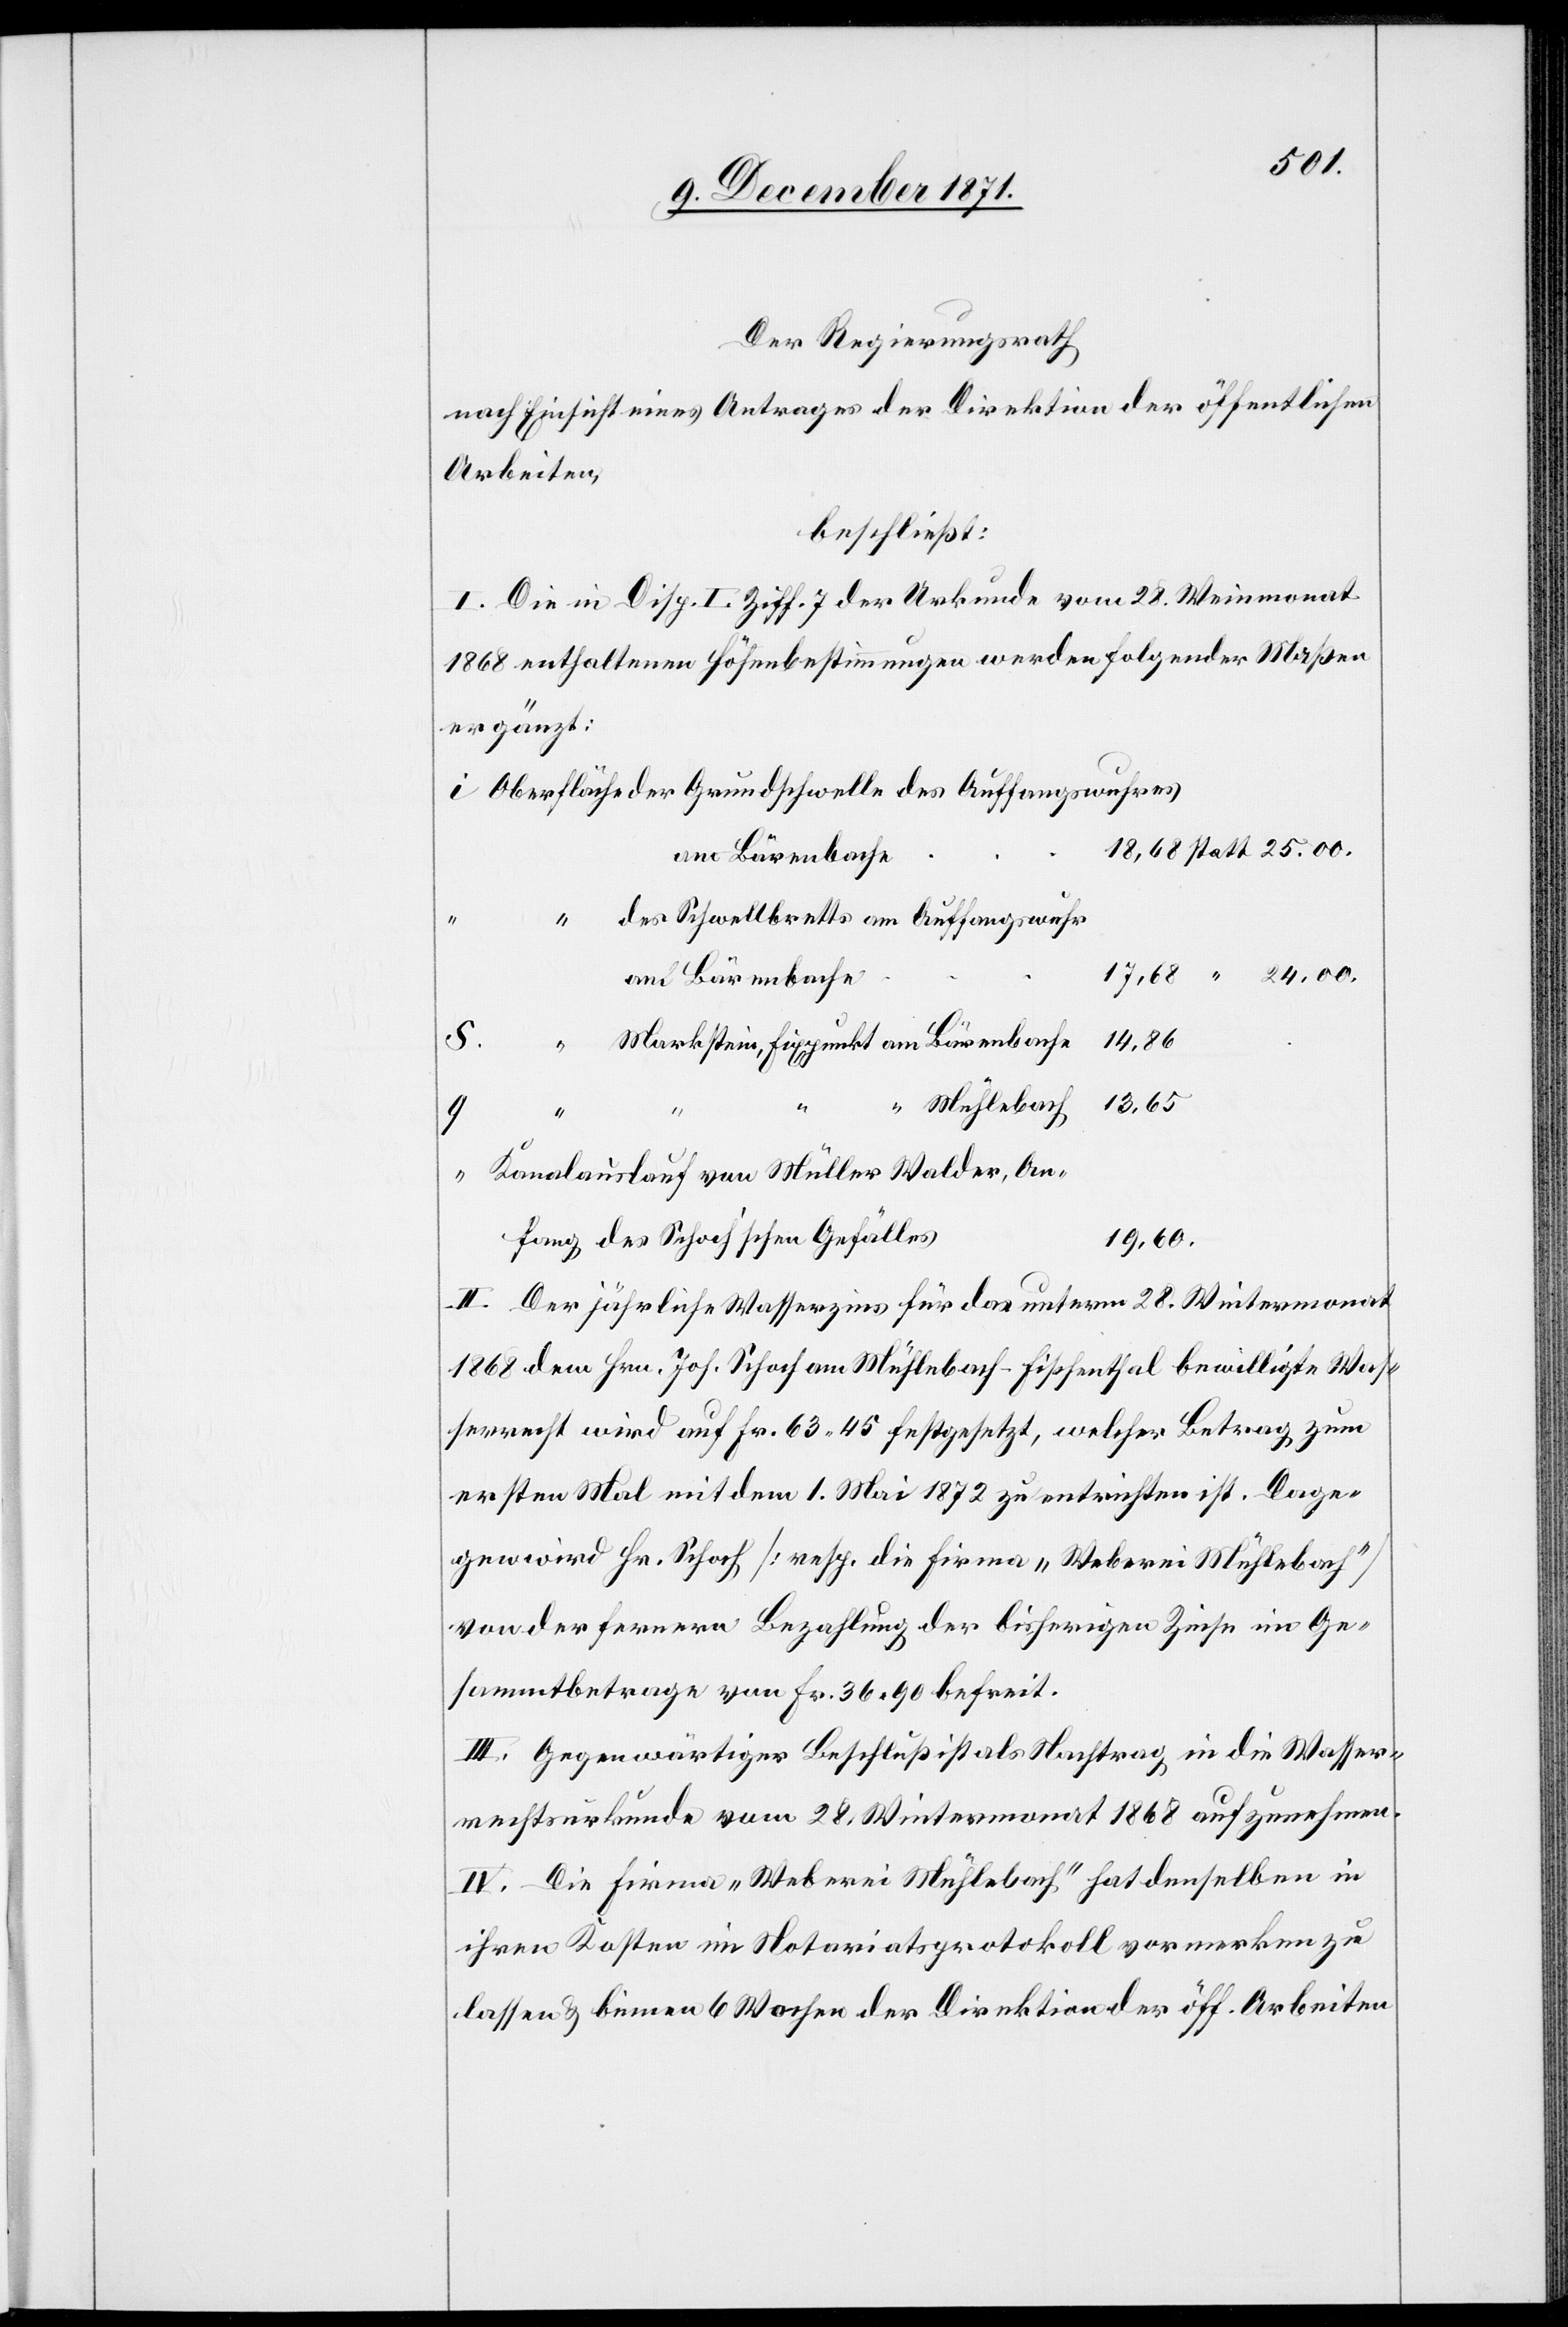
25.00.
Der Regierungsrath
nach Einsicht eines Antrages der Direktion der öffentlichen
Arbeiten,
beschließt:
I. Die in Disp. I. Ziff. 7 der Urkunde vom 28. Weinmonat
1868 enthaltenen Höhenbestimmungen werden folgender Maßen
ergänzt:
am Bärenbache
des Schwellbretts am Auffangswuhr
13,65
Markstein, Fixpunkt am Bärenbache
An¬
“
Q.
“
hang des Schoch’schen Gefälles
19,60.
II. Der jährliche Wasserzins für das unterm 28. Wintermonat
1868 dem Hrn. Joh. Schoch am Mühlebach-Fischenthal bewilligte Was¬
serrecht wird auf Fr. 63,45 festgesetzt, welcher Betrag zum
ersten Mal mit dem 1. Mai 1872 zu entrichten ist. Dage¬
gen wird Hr. Schoch [resp. die Firma „Weberei Mühlebach“]
von der fernern Bezahlung der bisherigen Zinsen im Ge¬
sammtbetrage von Fr. 36.90 befreit.
III. Gegenwärtiger Beschluß ist als Nachtrag in die Wasser¬
rechtsurkunde vom 28. Wintermonat 1868 aufzunehmen.
IV. Die Firma „Weberei Mühlebach“ hat denselben in
ihren Kosten im Notariatsprotokoll vormerken zu
lassen & binnen 6 Wochen der Direktion der öff. Arbeiten